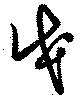
戊